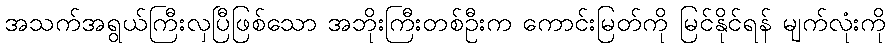
အသက်အရွယ်ကြီးလှပြီဖြစ်သော အဘိုးကြီးတစ်ဦးက ကောင်းမြတ်ကို မြင်နိုင်ရန် မျက်လုံးကို